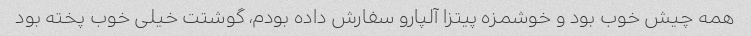
همه چیش خوب بود و خوشمزه پیتزا آلپارو سفارش داده بودم، گوشتت خیلی خوب پخته بود